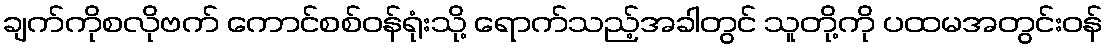
ချက်ကိုစလိုဗက် ကောင်စစ်ဝန်ရုံးသို့ ရောက်သည့်အခါတွင် သူတို့ကို ပထမအတွင်းဝန်